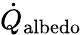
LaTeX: \dot{Q}_{\mathrm{albedo}}